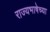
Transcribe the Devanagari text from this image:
राज्यभाषेच्या